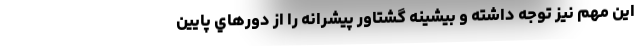
اين مهم نيز توجه داشته و بيشينه گشتاور پيشرانه را از دورهاي پايين